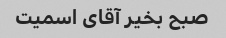
صبح بخیر آقای اسمیت